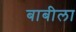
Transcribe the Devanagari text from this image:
बाबीला